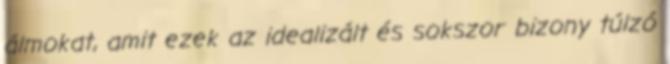
álmokat, amit ezek az idealizált és sokszor bizony túlzó